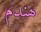
ھندم